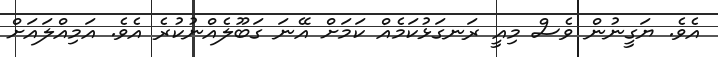
އެވެ. ޔަގީނުން ވެސް މިއީ ރަނގަޅުކަމެއް ކަމަށް އޭނަ ގަބޫލެއްނުކުރެ އެވެ. އަމިއްލައަށް